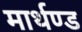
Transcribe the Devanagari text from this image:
मार्थण्ड